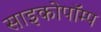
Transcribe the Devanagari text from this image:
साइकोपॉम्प